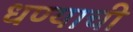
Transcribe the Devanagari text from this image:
धण्याची